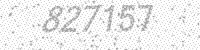
Solution: 827157